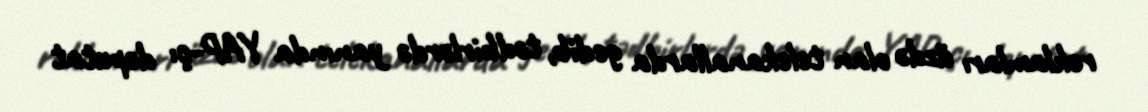
reklamları üzdə olan telekanallarda gedib, tədbirlərdə yanında YAP-çı deputat